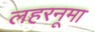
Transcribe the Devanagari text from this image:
लहरनूमा